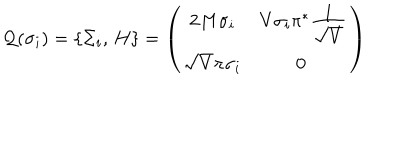
LaTeX: { \cal Q } ( \sigma _ { i } ) = \{ \Sigma _ { i } , \, H \} = \left( \begin{array} { c c } { { 2 M \sigma _ { i } } } & { { V \sigma _ { i } \pi ^ { * } \frac { \textstyle 1 } { \textstyle \sqrt { V } } } } \\ { { \sqrt { V } \pi \sigma _ { i } } } & { { 0 ~ } } \\ \end{array} \right)